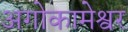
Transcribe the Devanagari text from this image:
अगोकामेश्वर